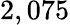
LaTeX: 2,075